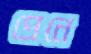
প্রেনে